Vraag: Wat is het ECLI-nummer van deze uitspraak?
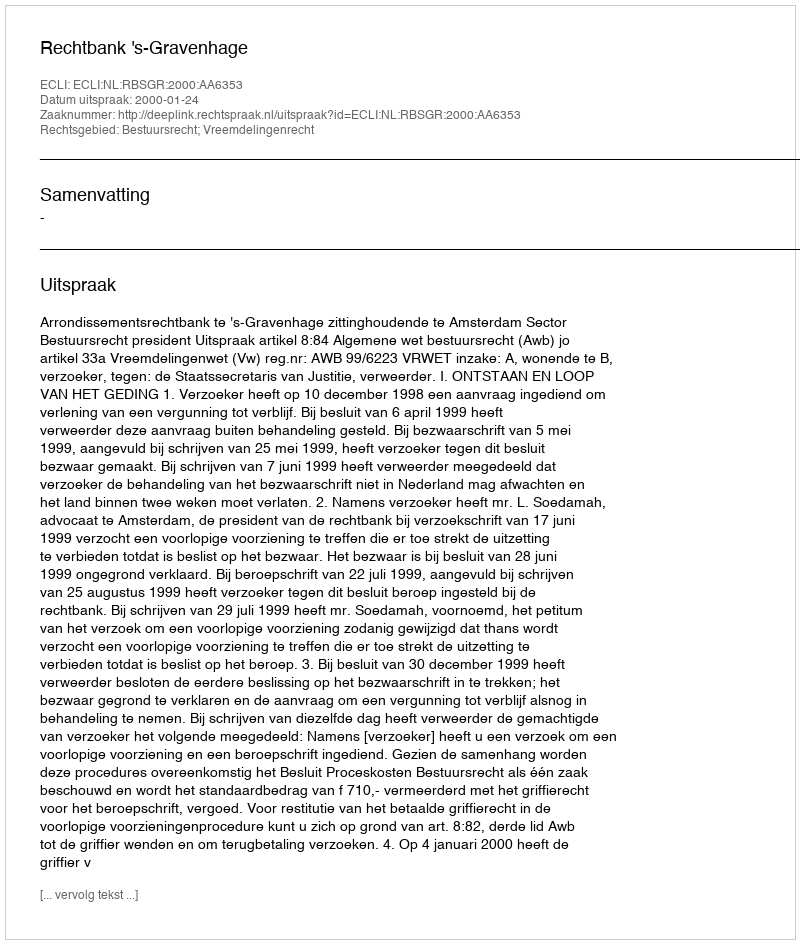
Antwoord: ECLI:NL:RBSGR:2000:AA6353